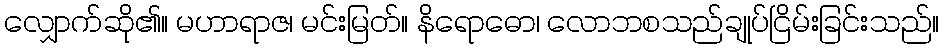
လျှောက်ဆို၏။ မဟာရာဇ၊ မင်းမြတ်။ နိရောဓော၊ လောဘစသည်ချုပ်ငြိမ်းခြင်းသည်။